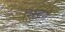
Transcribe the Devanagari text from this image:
विश्व्यायी